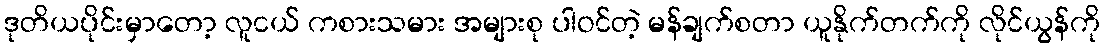
ဒုတိယပိုင်းမှာတော့ လူငယ် ကစားသမား အများစု ပါဝင်တဲ့ မန်ချက်စတာ ယူနိုက်တက်ကို လိုင်ယွန်ကို